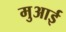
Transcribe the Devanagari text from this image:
मुआई